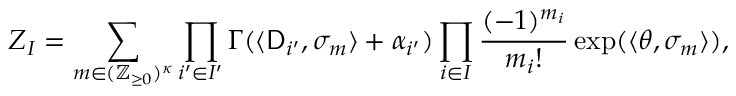
Z _ { I } = \sum _ { m \in ( \mathbb { Z } _ { \ge 0 } ) ^ { { \boldsymbol { \kappa } } } } \prod _ { i ^ { \prime } \in I ^ { \prime } } \Gamma ( \langle \mathsf { D } _ { i ^ { \prime } } , \sigma _ { m } \rangle + \alpha _ { i ^ { \prime } } ) \prod _ { i \in I } \frac { ( - 1 ) ^ { m _ { i } } } { m _ { i } ! } \exp ( \langle \theta , \sigma _ { m } \rangle ) ,